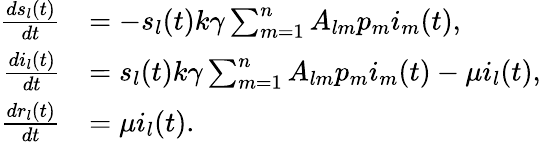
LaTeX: \begin{array}{rl}{\frac{ds_{l}(t)}{dt}}&{=-s_{l}(t)k\gamma\sum_{m=1}^{n}{A_{lm}p_{m}i_{m}(t)},}\\ {\frac{di_{l}(t)}{dt}}&{=s_{l}(t)k\gamma\sum_{m=1}^{n}{A_{lm}p_{m}i_{m}(t)}-\mu i_{l}(t),}\\ {\frac{dr_{l}(t)}{dt}}&{=\mu i_{l}(t).}\end{array}